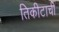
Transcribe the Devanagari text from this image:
तिकीटाची